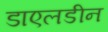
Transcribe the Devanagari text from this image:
डाएलडीन